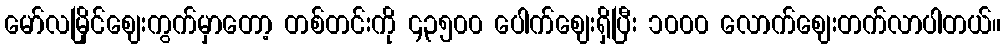
မော်လမြိုင်ဈေးကွက်မှာတော့ တစ်တင်းကို ၄၃၅၀၀ ပေါက်ဈေးရှိပြီး ၁၀၀၀ လောက်ဈေးတက်လာပါတယ်။